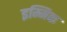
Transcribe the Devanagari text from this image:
इम्मिक